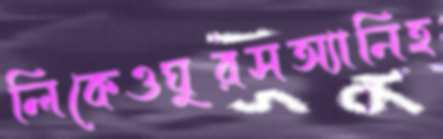
লিকেওঘুরসঅ্যানিহ